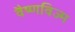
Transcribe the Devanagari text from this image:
वैष्णविज्म